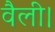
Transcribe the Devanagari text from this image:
वैली।